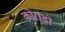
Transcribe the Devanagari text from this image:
कोराडो